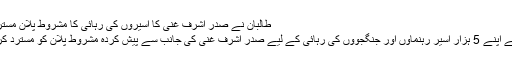
طالبان نے صدر اشرف غنی کا اسیروں کی رہائی کا مشروط پلان مسترد کردیا
طالبان نے اپنے 5 ہزار اسیر رہنماؤں اور جنگجوؤں کی رہائی کے لیے صدر اشرف غنی کی جانب سے پیش کردہ مشروط پلان کو مسترد کردیا ہے۔